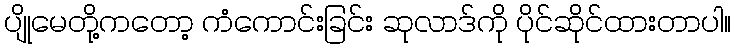
ပျိုမေတို့ကတော့ ကံကောင်းခြင်း ဆုလာဒ်ကို ပိုင်ဆိုင်ထားတာပါ။